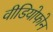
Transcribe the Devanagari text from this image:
वीडियोफोन